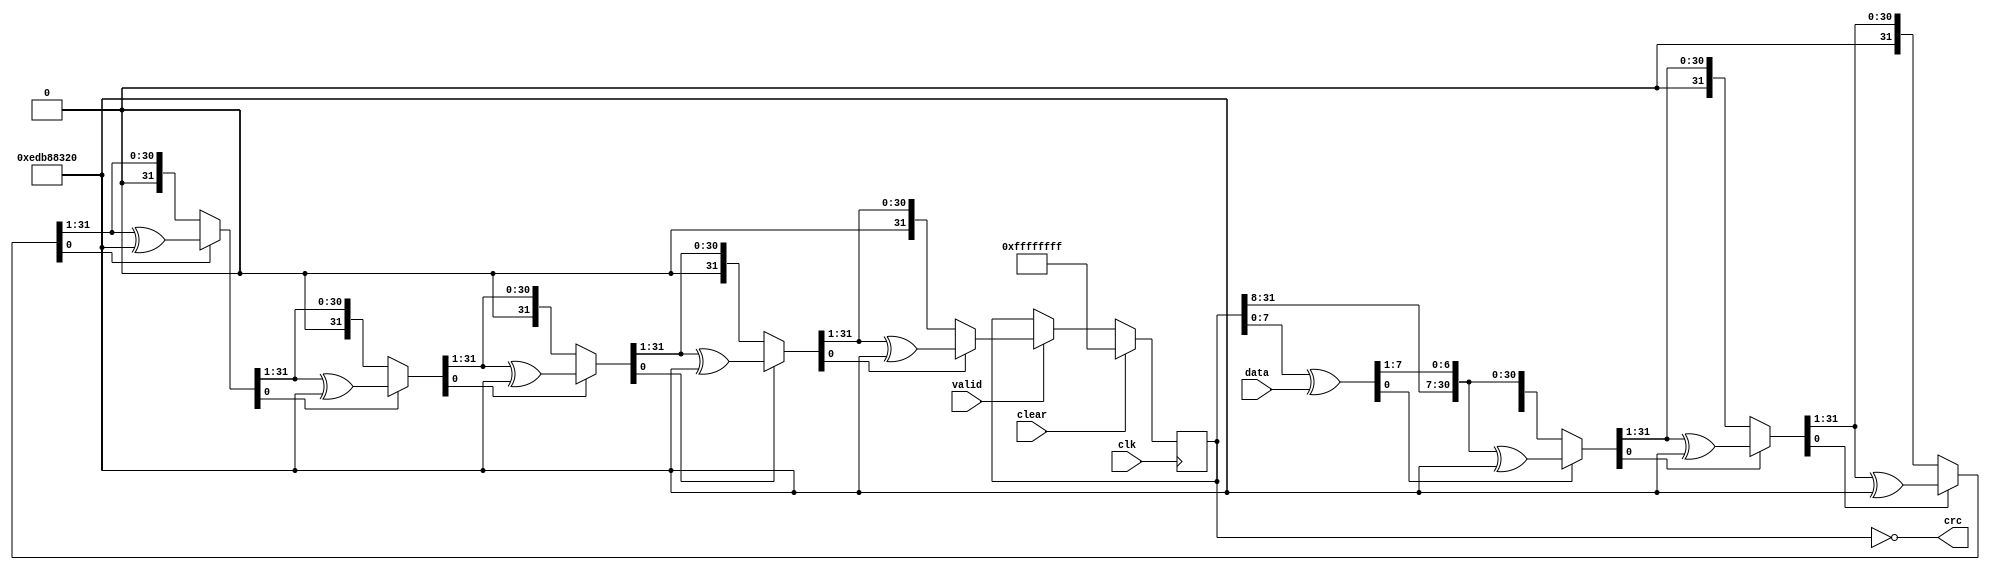
//----------------------------------------------------------------------
//  8-bit parallel CRC generator
//----------------------------------------------------------------------

module mac_crc32
  (input         clk,
   input         clear,   // also functions as reset
   input [7:0]   data,
   input         valid,

   output [31:0] crc);

  reg [31:0] 	 icrc;
  reg [31:0] 	 nxt_icrc;
  integer 	 i;
  
  assign 	 crc = ~icrc;
  
  always @*
    begin
      nxt_icrc[7:0] = icrc[7:0] ^ data;
      nxt_icrc[31:8] = icrc[31:8];

      for (i=0; i<8; i=i+1)
	begin
	  if (nxt_icrc[0])
	    nxt_icrc = nxt_icrc[31:1] ^ 32'hEDB88320;
	  else
	    nxt_icrc = nxt_icrc[31:1];
	end
    end // always @ *
      
  always @(posedge clk)
    begin
      if (clear)
	icrc <= #1 {32{1'b1}};
      else if (valid)
	icrc <= nxt_icrc;
    end

endmodule